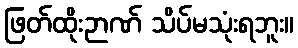
ဖြတ်ထိုးဉာဏ် သိပ်မသုံးရဘူး။